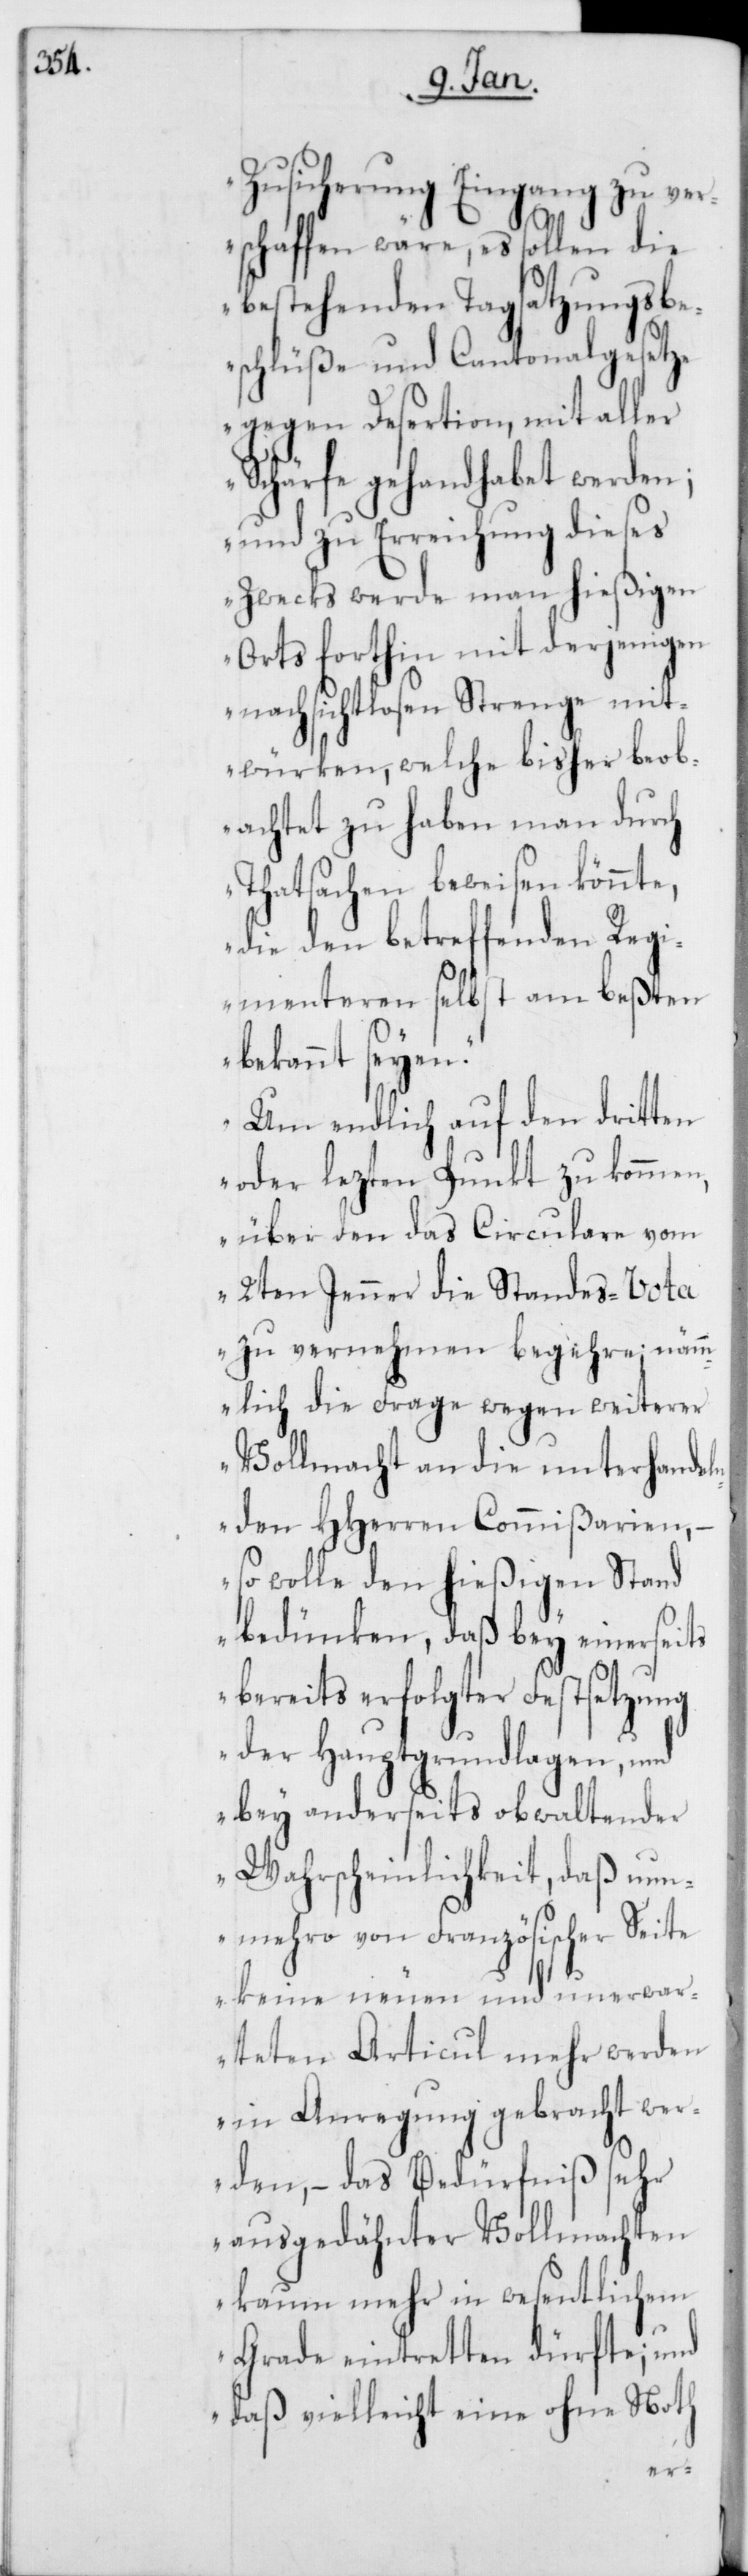
ntli¬

Zusicherung Eingang zu ver¬
schaffen wäre, es sollen die
bestehenden Tagsatzungsbe¬
schlüße und Cantonalgesetze
gegen Desertion, mit aller
Schärfe gehandhabet werden;
und zu Erreichung dieses
Zwecks werde man hießigen
Orts forthin mit derjenigen
nachsichtlosen Strenge mit¬
würken, welche bisher beob¬
achtet zu haben man durch
Thatsachen beweisen könnte,
die den betreffenden Regi¬
menteren selbst am beßten
bekannt seyen.
Um endlich auf den dritten
oder lezten Punkt zu kommen,
über den das Circulare vom
2ten Jenner die Standes-Vota
zu vernehmen begehre; näm¬
mlich die Frage wegen weiterer
Vollmacht an die unterhandeln¬
den HHerren Commißarien,
Stand
so wolle den hieß¬
bedünken, daß bey
–
bereits erfolgter
der Hauptgrund¬
bey anderseits ob¬
Wahrscheinlichke¬
keine neuen
werden,
arteten Articul
in Anregung
chten
ausgedeähnter Vo¬
ohne
kaum mehr in wese¬
und
Grade eintret¬
Noth
ten
daß vielleicht